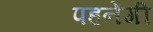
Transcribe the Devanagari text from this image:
पहनेंगी